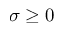
\sigma \geq 0